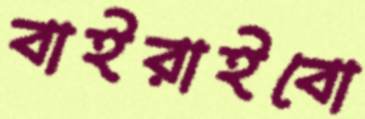
বাইরাইবো